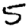
Digit: 5